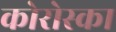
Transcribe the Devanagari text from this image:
कोरोस्का